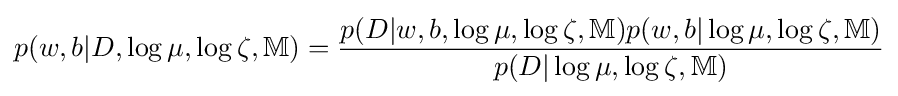
p(w,b|D,\log \mu ,\log \zeta ,\mathbb {M} )={\frac {p(D|w,b,\log \mu ,\log \zeta ,\mathbb {M} )p(w,b|\log \mu ,\log \zeta ,\mathbb {M} )}{p(D|\log \mu ,\log \zeta ,\mathbb {M} )}}